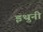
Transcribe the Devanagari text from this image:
इथुनी